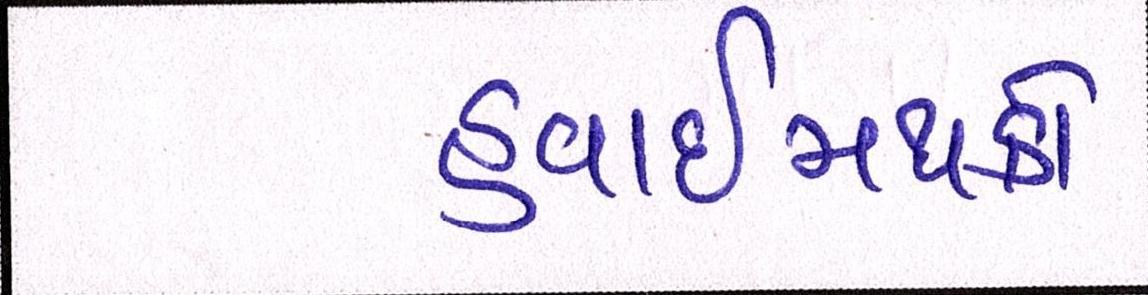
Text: હવાઈમથકો